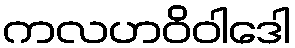
ကလဟဝိဝါဒေါ